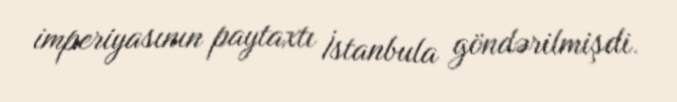
imperiyasının paytaxtı İstanbula göndərilmişdi.